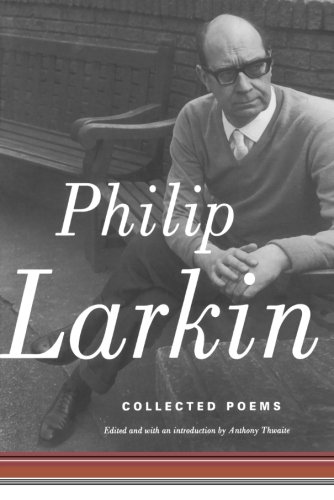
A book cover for Collected Poems; Philip Larkin; Literature & Fiction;